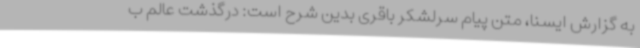
به گزارش ایسنا، متن پیام سرلشکر باقری بدین شرح است: درگذشت عالم ب